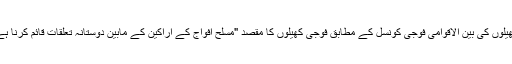
کھیلوں کی بین الاقوامی فوجی کونسل کے مطابق فوجی کھیلوں کا مقصد "مسلح افواج کے اراکین کے مابین دوستانہ تعلقات قائم کرنا ہے۔